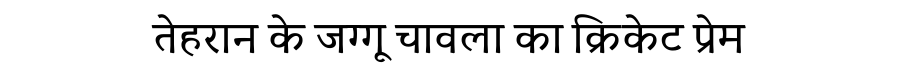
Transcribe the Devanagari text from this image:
तेहरान के जग्गू चावला का क्रिकेट प्रेम